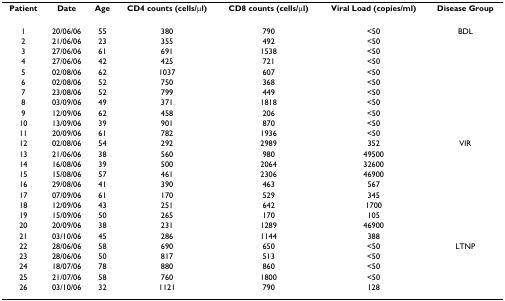
<table><thead><tr><td><b>Patient</b></td><td><b>Date</b></td><td><b>Age</b></td><td><b>CD4 counts (cells/μl)</b></td><td><b>CD8 counts (cells/μl)</b></td><td><b>Viral Load (copies/ml)</b></td><td><b>Disease Group</b></td></tr></thead><tbody><tr><td>1</td><td>20/06/06</td><td>55</td><td>380</td><td>790</td><td>&lt;50</td><td>BDL</td></tr><tr><td>2</td><td>21/06/06</td><td>23</td><td>355</td><td>492</td><td>&lt;50</td><td></td></tr><tr><td>3</td><td>27/06/06</td><td>61</td><td>691</td><td>1538</td><td>&lt;50</td><td></td></tr><tr><td>4</td><td>27/06/06</td><td>42</td><td>425</td><td>721</td><td>&lt;50</td><td></td></tr><tr><td>5</td><td>02/08/06</td><td>62</td><td>1037</td><td>607</td><td>&lt;50</td><td></td></tr><tr><td>6</td><td>02/08/06</td><td>52</td><td>750</td><td>368</td><td>&lt;50</td><td></td></tr><tr><td>7</td><td>23/08/06</td><td>52</td><td>799</td><td>449</td><td>&lt;50</td><td></td></tr><tr><td>8</td><td>03/09/06</td><td>49</td><td>371</td><td>1818</td><td>&lt;50</td><td></td></tr><tr><td>9</td><td>12/09/06</td><td>62</td><td>458</td><td>206</td><td>&lt;50</td><td></td></tr><tr><td>10</td><td>13/09/06</td><td>39</td><td>901</td><td>870</td><td>&lt;50</td><td></td></tr><tr><td>11</td><td>20/09/06</td><td>61</td><td>782</td><td>1936</td><td>&lt;50</td><td></td></tr><tr><td>12</td><td>02/08/06</td><td>54</td><td>292</td><td>2989</td><td>352</td><td>VIR</td></tr><tr><td>13</td><td>21/06/06</td><td>38</td><td>560</td><td>980</td><td>49500</td><td></td></tr><tr><td>14</td><td>16/08/06</td><td>39</td><td>500</td><td>2064</td><td>32600</td><td></td></tr><tr><td>15</td><td>15/08/06</td><td>57</td><td>461</td><td>2306</td><td>46900</td><td></td></tr><tr><td>16</td><td>29/08/06</td><td>41</td><td>390</td><td>463</td><td>567</td><td></td></tr><tr><td>17</td><td>07/09/06</td><td>61</td><td>170</td><td>529</td><td>345</td><td></td></tr><tr><td>18</td><td>12/09/06</td><td>43</td><td>251</td><td>642</td><td>1700</td><td></td></tr><tr><td>19</td><td>15/09/06</td><td>50</td><td>265</td><td>170</td><td>105</td><td></td></tr><tr><td>20</td><td>20/09/06</td><td>38</td><td>231</td><td>1289</td><td>46900</td><td></td></tr><tr><td>21</td><td>03/10/06</td><td>45</td><td>286</td><td>1144</td><td>388</td><td></td></tr><tr><td>22</td><td>28/06/06</td><td>58</td><td>690</td><td>650</td><td>&lt;50</td><td>LTNP</td></tr><tr><td>23</td><td>28/06/06</td><td>50</td><td>817</td><td>513</td><td>&lt;50</td><td></td></tr><tr><td>24</td><td>18/07/06</td><td>78</td><td>880</td><td>860</td><td>&lt;50</td><td></td></tr><tr><td>25</td><td>21/07/06</td><td>58</td><td>760</td><td>1800</td><td>&lt;50</td><td></td></tr><tr><td>26</td><td>03/10/06</td><td>32</td><td>1121</td><td>790</td><td>128</td><td></td></tr></tbody></table>